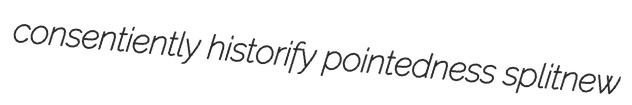
consentiently historify pointedness splitnew